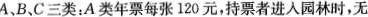
A、B、C三类：A类年票每张120元，持票者进入园林时，无